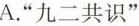
A.”九二共识”